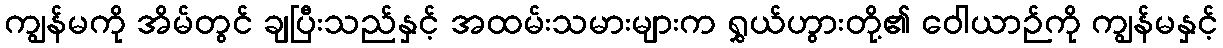
ကျွန်မကို အိမ်တွင် ချပြီးသည်နှင့် အထမ်းသမားများက ရွှယ်ဟွားတို့၏ ဝေါယာဉ်ကို ကျွန်မနှင့်